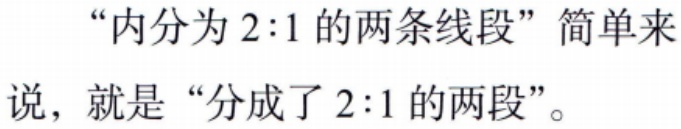
“内分为 \(2:1\) 的两条线段”简单来说，就是“分成了 \(2:1\) 的两段”。